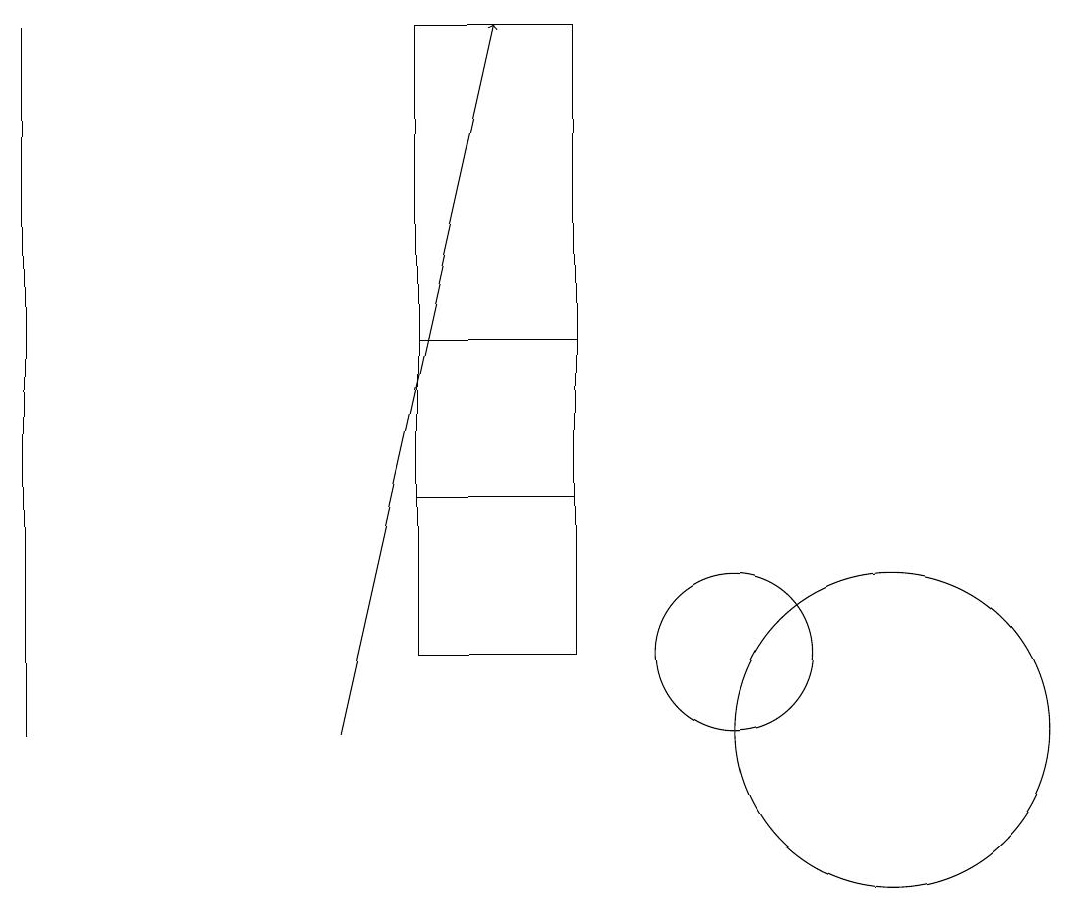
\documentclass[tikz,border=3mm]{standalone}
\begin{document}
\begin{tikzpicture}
\draw (10,11) circle (1);
\draw (8,19) rectangle (6,13);
\draw (1,19) rectangle (1,10);
\draw (12,10) circle (2);
\draw[->] (5,10) -- (7,19);
\draw (6,15) rectangle (8,11);
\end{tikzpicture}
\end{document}